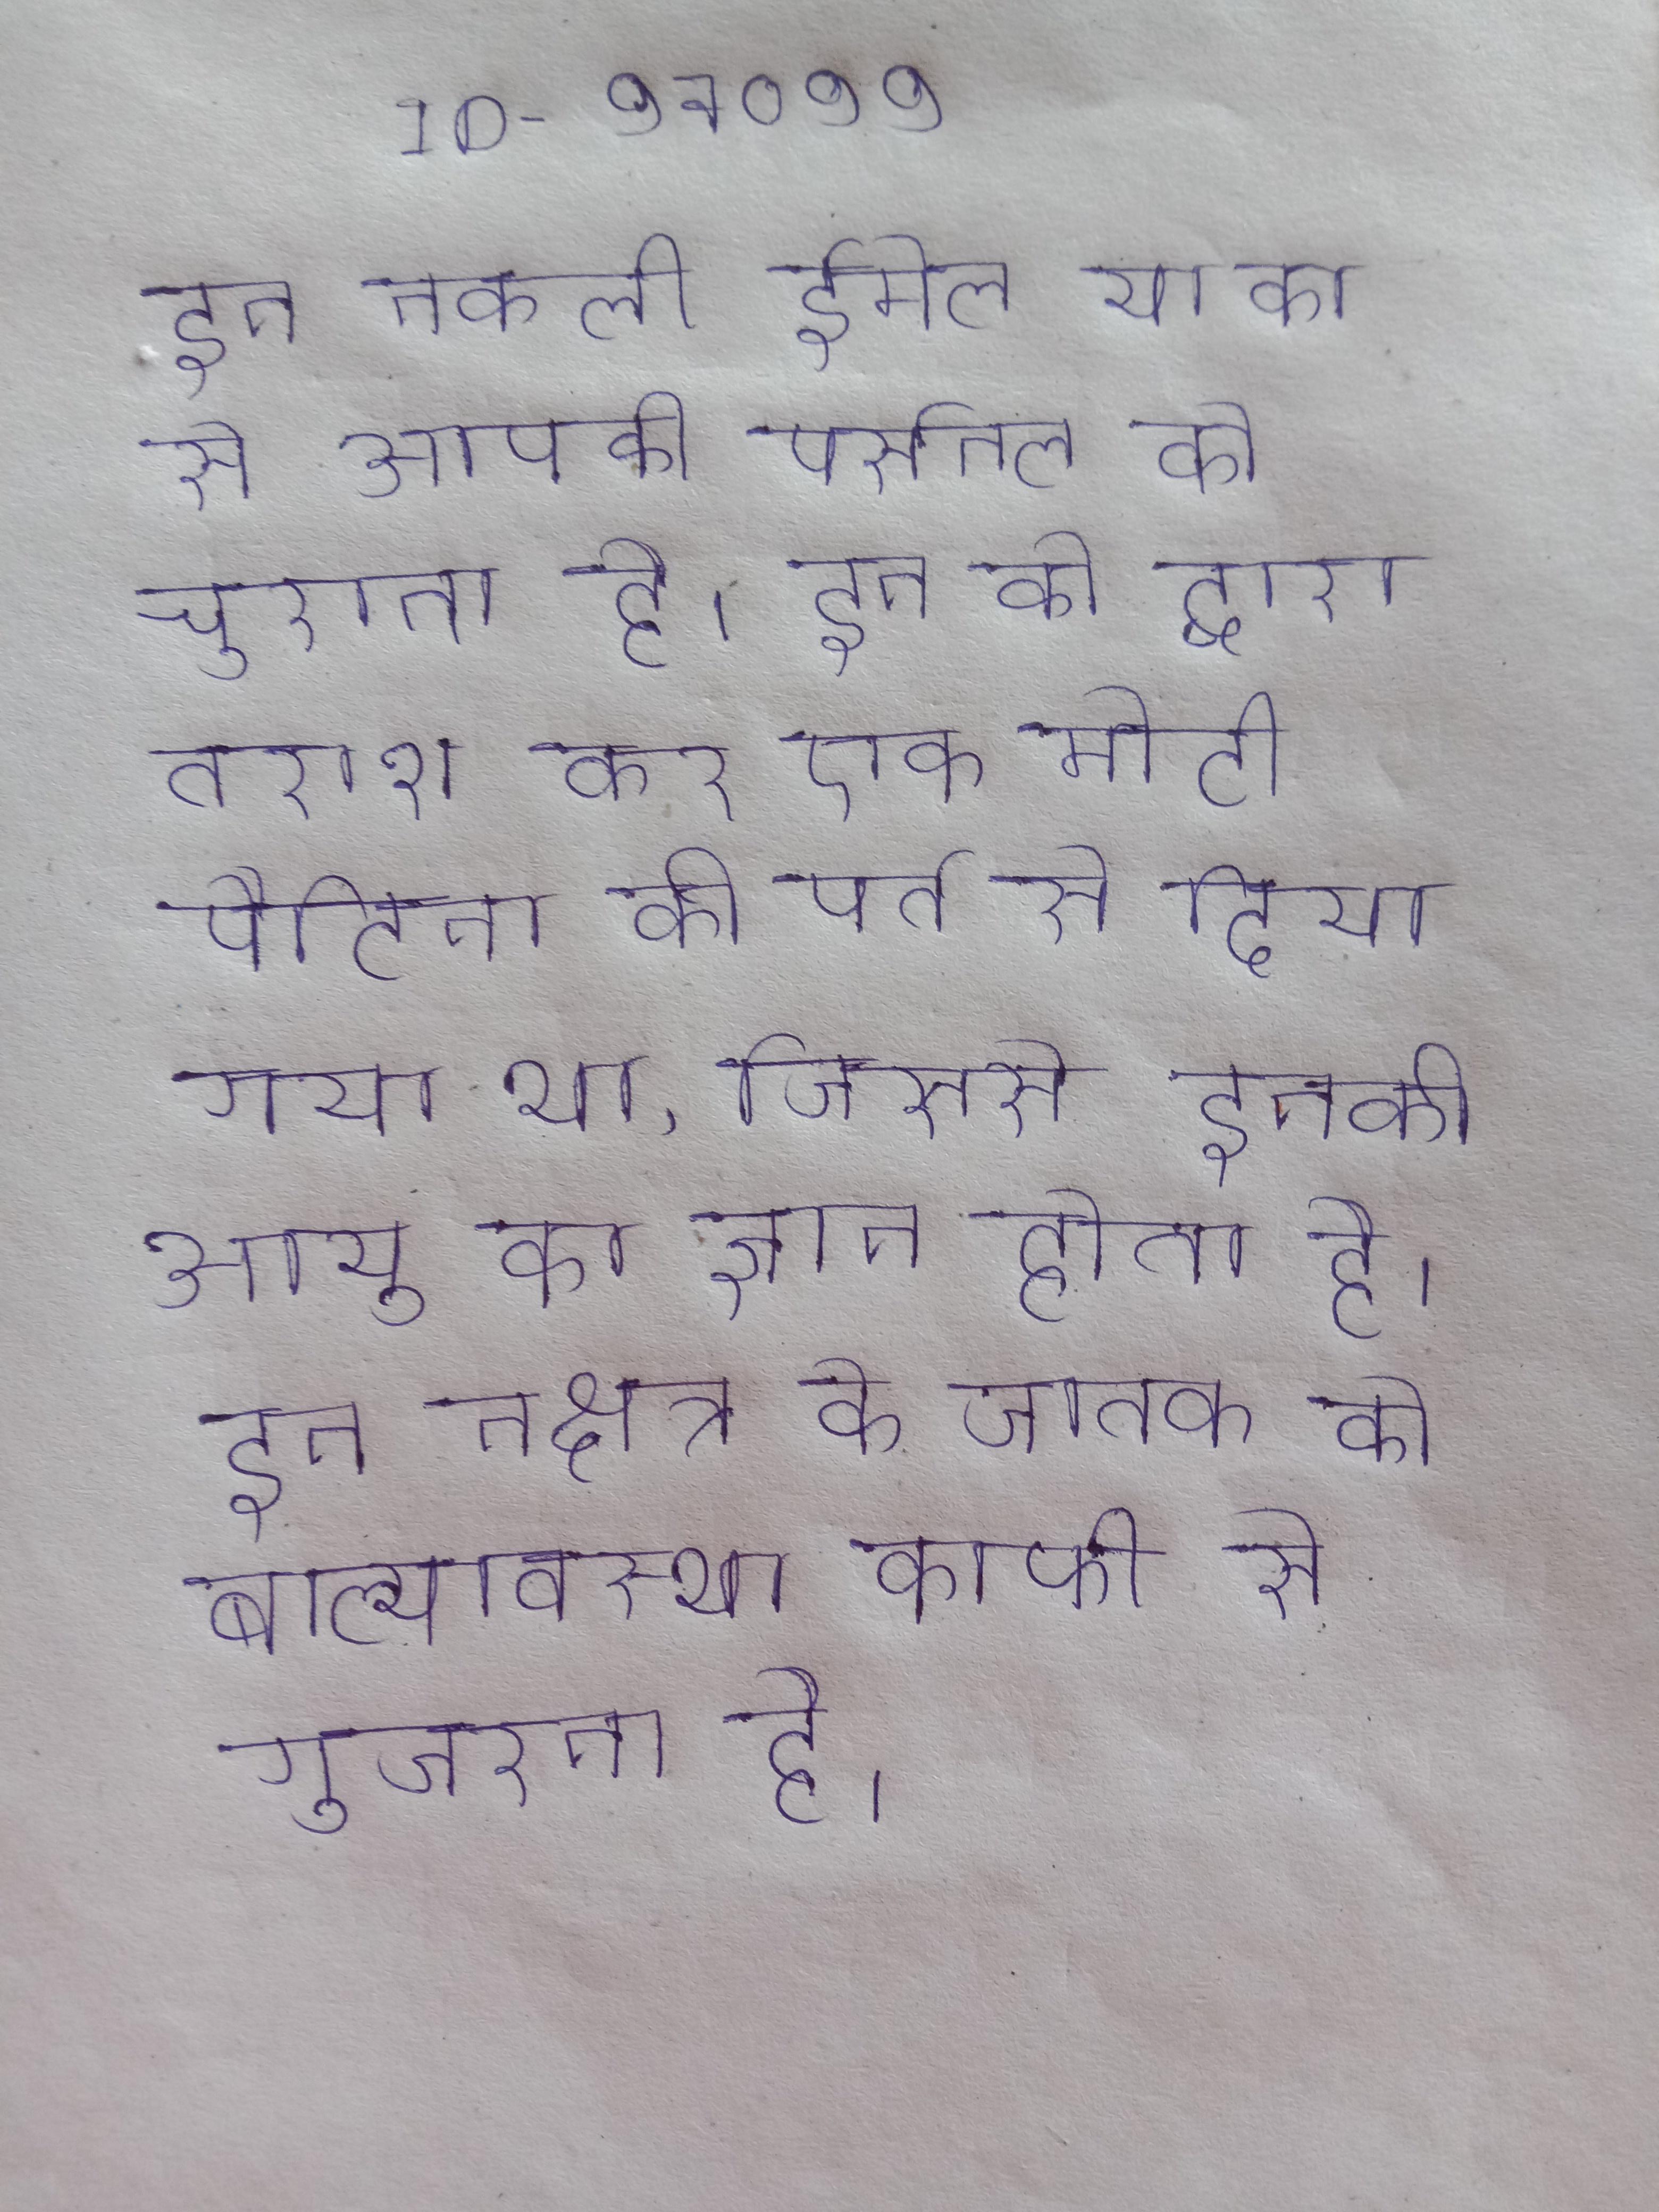
इन नकली ईमेल या का से आपकी पर्सनल को चुराना है । इन को द्वारा तराश कर एक मोटी पैटिना की पर्त से दिया गया था, जिससे इनकी आयु का ज्ञान होता है । इन नक्षत्र के जातक को बाल्यावस्था काफी से गुजरना है ।